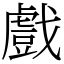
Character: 戲